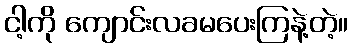
ငါ့ကို ကျောင်းလခမပေးကြနဲ့တဲ့။